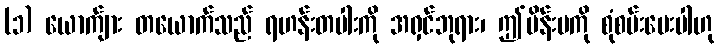
(၁) ယောက်ျား တယောက်သည် ရဟန်းတပါးကို အရှင်ဘုရား၊ ဤမိန်းမကို စုံစမ်းပေးပါဟု